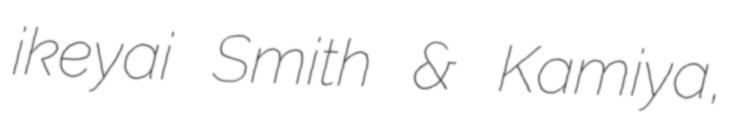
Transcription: ikeyai Smith & Kamiya,